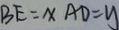
B E = x A D = y